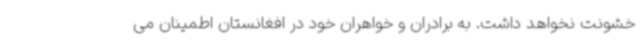
خشونت نخواهد داشت. به برادران و خواهران خود در افغانستان اطمینان می